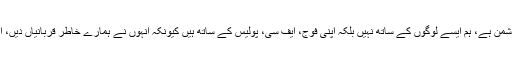
عبدالقدوس بزنجو کا کہنا تھا کہ منظور پشتون پختونوں کا دوست نہیں بلکہ دشمن ہے، ہم ایسے لوگوں کے ساتھ نہیں بلکہ اپنی فوج، ایف سی، پولیس کے ساتھ ہیں کیونکہ انہوں نے ہمارے خاطر قربانیاں دیں، آج ہم اپنے گھروں میں سکون سے بیٹھے ہیں اور ہمارے سپاہی لڑ رہے ہیں۔